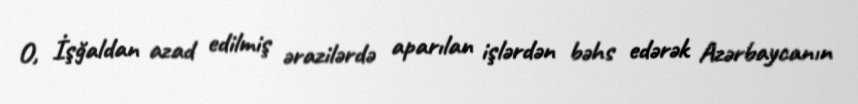
O, İşğaldan azad edilmiş ərazilərdə aparılan işlərdən bəhs edərək Azərbaycanın